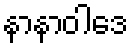
နာနာဝါဒေ